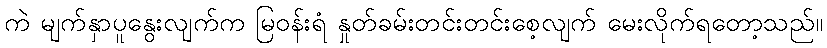
ကဲ မျက်နှာပူနွေးလျက်က မြဝန်းရံ နှုတ်ခမ်းတင်းတင်းစေ့လျက် မေးလိုက်ရတော့သည်။